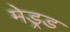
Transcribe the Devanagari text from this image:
मेड्रड